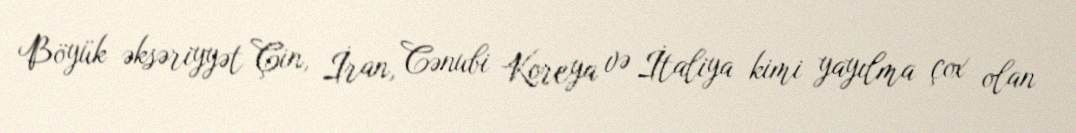
Böyük əksəriyyət Çin, İran, Cənubi Koreya və İtaliya kimi yayılma çox olan